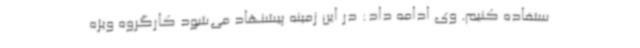
ستفاده کنیم. وی ادامه داد: در این زمینه پیشنهاد می‌شود کارگروه ویژه